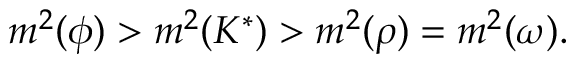
m ^ { 2 } ( \phi ) > m ^ { 2 } ( K ^ { * } ) > m ^ { 2 } ( \rho ) = m ^ { 2 } ( \omega ) .